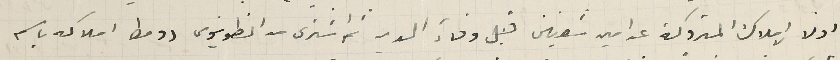
اولا الاملاك المتروكة عن امين شعنين قبل وفاء الدين ثم اشترى من انطونيوس دومط املاكه باسم